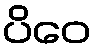
ပိဝေ